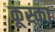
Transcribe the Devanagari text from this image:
कूस्का